Assam Mental Hospital (Tezpur, India) - 1933-1948
Year: 1933
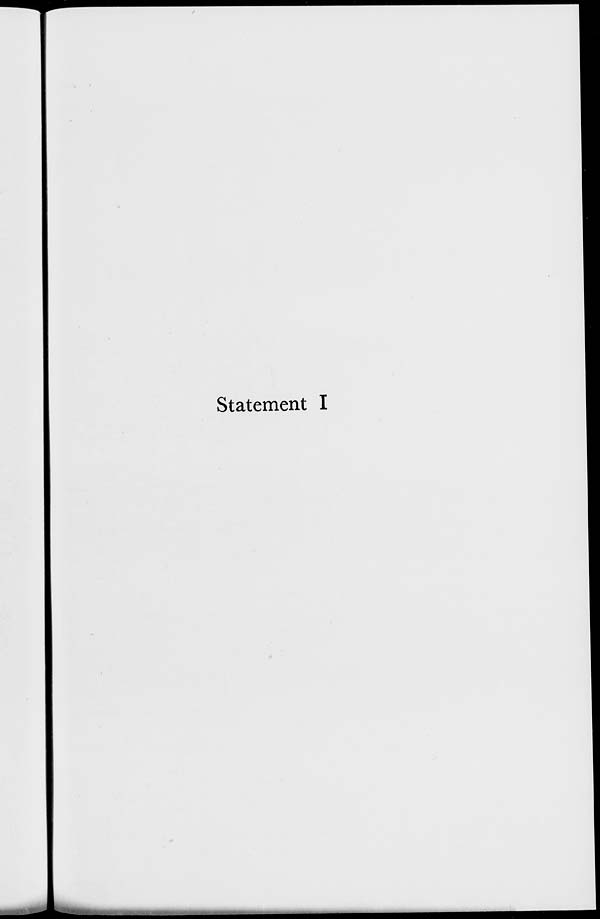
Statement I